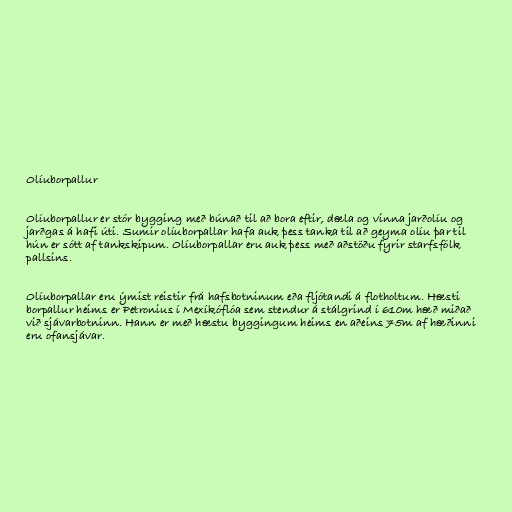
Olíuborpallur

Olíuborpallur er stór bygging með búnað til að bora eftir, dæla og vinna jarðolíu og
jarðgas á hafi úti. Sumir olíuborpallar hafa auk þess tanka til að geyma olíu þar til
hún er sótt af tankskipum. Olíuborpallar eru auk þess með aðstöðu fyrir starfsfólk
pallsins.

Olíuborpallar eru ýmist reistir frá hafsbotninum eða fljótandi á flotholtum. Hæsti
borpallur heims er Petronius í Mexíkóflóa sem stendur á stálgrind í 610m hæð miðað
við sjávarbotninn. Hann er með hæstu byggingum heims en aðeins 75m af hæðinni
eru ofansjávar.